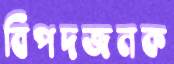
বিপদজনক